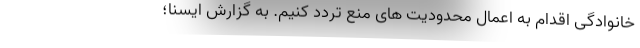
خانوادگی اقدام به اعمال محدودیت های منع تردد کنیم. به گزارش ایسنا؛